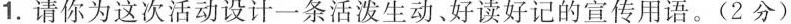
1.请你为这次活动设计一条活泼生动、好读好记的宣传用语。(2分)